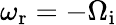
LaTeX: \omega_{\mathrm{r}}=-\Omega_{\mathrm{i}}